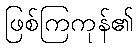
ဖြစ်ကြကုန်၏